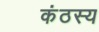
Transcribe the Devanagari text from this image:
कंठस्य